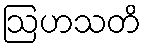
ဩဟသတိ